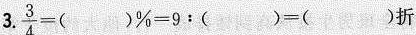
3.\frac{3}{4}=( )%=9:( )=( )折